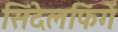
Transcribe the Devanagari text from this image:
सिंदेलफिंगें